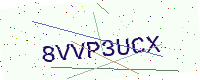
Text: 8VVP3UCX